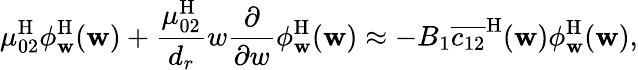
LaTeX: \mu_{02}^{\mathrm{H}}\phi_{\mathbf{w}}^{\mathrm{H}}(\mathbf{w})+\frac{\mu_{02}^{\mathrm{H}}}{{d_{r}}}w\frac{\partial}{\partial w}\phi_{\mathbf{w}}^{\mathrm{H}}(\mathbf{w})\approx-B_{1}\overline{{c_{12}}}^{\mathrm{H}}(\mathbf{w})\phi_{\mathbf{w}}^{\mathrm{H}}(\mathbf{w}),